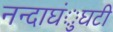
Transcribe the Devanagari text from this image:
नन्दाघंुघटी